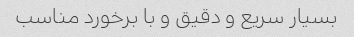
بسیار سریع و دقیق و با برخورد مناسب